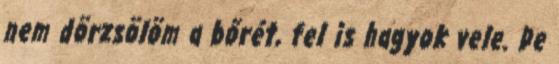
nem dörzsölöm a bőrét, fel is hagyok vele. De